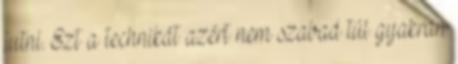
jutni. Ezt a technikát azért nem szabad túl gyakran